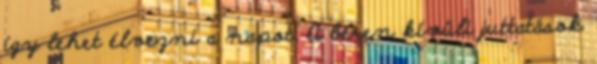
így lehet élvezni a napot. A béren kívüli juttatások